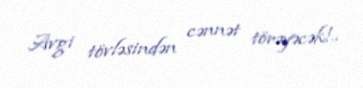
Avgi tövləsindən cənnət törəyəcək!..